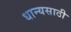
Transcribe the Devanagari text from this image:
धान्यसाठी